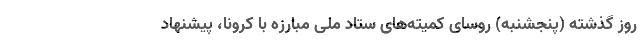
روز گذشته (پنجشنبه) روسای کمیته‌های ستاد ملی مبارزه با کرونا، پیشنهاد